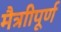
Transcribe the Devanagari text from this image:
मैत्राीपूर्ण